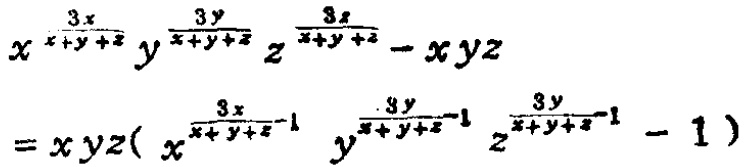
\[
\begin{align*}
&x^{\frac{3x}{x + y+z}}y^{\frac{3y}{x + y+z}}z^{\frac{3z}{x + y+z}}-xyz\\
=&xyz(x^{\frac{3x}{x + y+z}-1}y^{\frac{3y}{x + y+z}-1}z^{\frac{3z}{x + y+z}-1}-1)
\end{align*}
\]